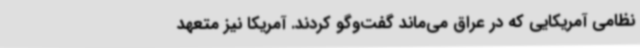
نظامی آمریکایی که در عراق می‌ماند گفت‌وگو کردند. آمریکا نیز متعهد